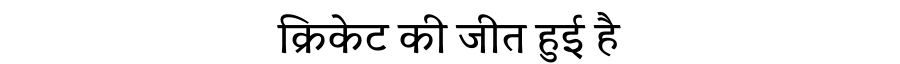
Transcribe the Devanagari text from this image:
क्रिकेट की जीत हुई है